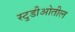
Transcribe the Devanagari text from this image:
स्टुडीओतील